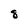
Character: 8